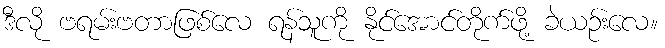
ဒီလို ဗရမ်းဗတာဖြစ်လေ ရန်သူကို နိုင်အောင်တိုက်ဖို့ ခဲယဉ်းလေ။